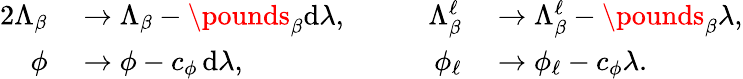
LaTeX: \begin{array}{rlrl}{{2}\Lambda_{\beta}}&{{}\to\Lambda_{\beta}-\pounds_{\beta}\mathrm{d}\lambda,\qquad}&{\Lambda_{\beta}^{\ell}}&{{}\to\Lambda_{\beta}^{\ell}-\pounds_{\beta}\lambda,}\\ {\phi}&{{}\to\phi-c_{\phi}\, \mathrm{d}\lambda,\qquad}&{\phi_{\ell}}&{{}\to\phi_{\ell}-c_{\phi}\lambda.}\end{array}